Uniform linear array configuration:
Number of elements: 12
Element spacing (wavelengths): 1
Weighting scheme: blackman
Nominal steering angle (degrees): -45
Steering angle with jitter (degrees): -46.142
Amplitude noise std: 0.05
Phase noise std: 0.05

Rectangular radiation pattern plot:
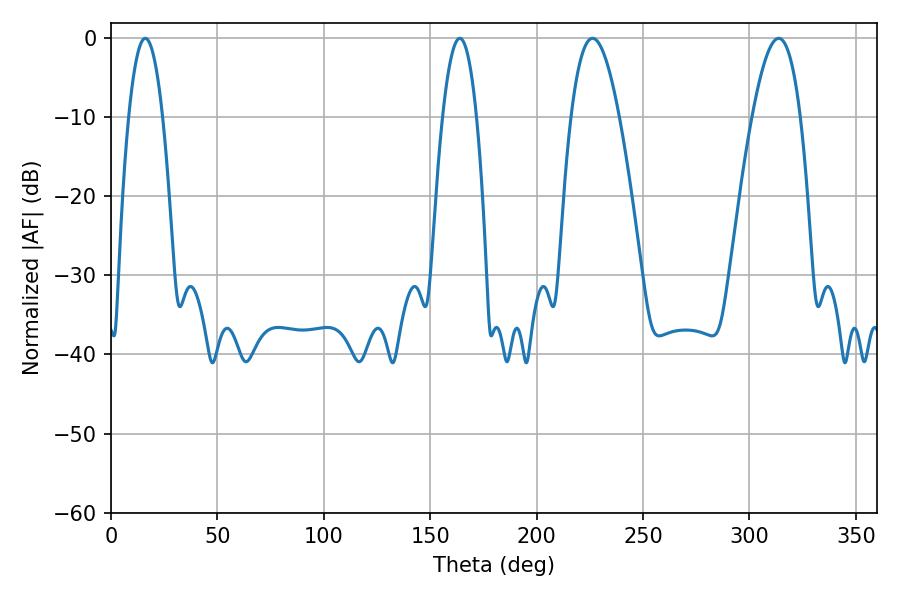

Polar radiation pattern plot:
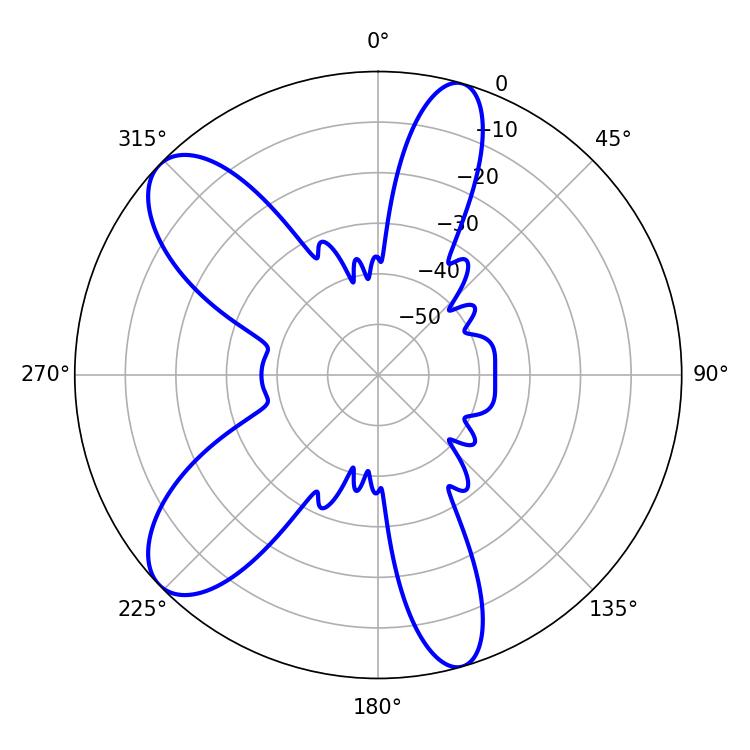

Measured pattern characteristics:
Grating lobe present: TRUE
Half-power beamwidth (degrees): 12.24
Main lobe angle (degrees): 226.26